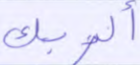
ألربك